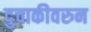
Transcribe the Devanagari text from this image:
दुचाकीवरुन